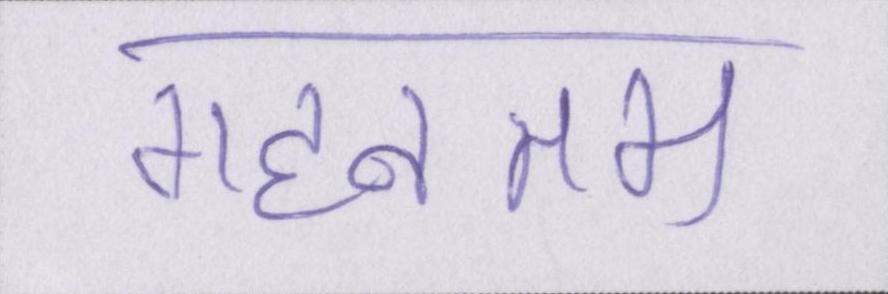
गहनतम